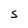
Character: s